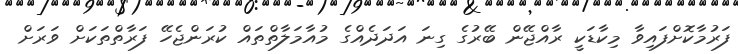
ފަރުމާކޮށްފައިވާ މިކާޑަކީ ރާއްޖޭން ބޭރުގެ ގިނަ އަދަދެއްގެ މުއާމަލާތްތައް ކުރަންޖެހޭ ފަރާތްތަކަށް ވަރަށް